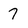
Character: 7